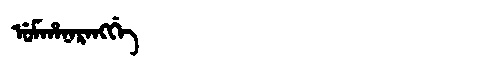
Manchu: ᡠᠮᡥᠠᠨᠠᡵᠠᠩᡤᡝ
Romanization: UMHANARANGGE